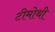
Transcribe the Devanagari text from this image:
टीमोथी